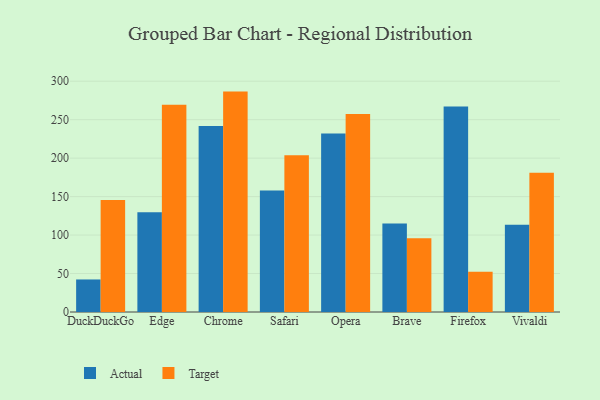
{"axis": {"x": "Browser", "y": "Latency (ms)"}, "legend": ["Actual", "Target"], "data": [{"x": "DuckDuckGo", "y": 42.3, "type": "Actual"}, {"x": "DuckDuckGo", "y": 145.7, "type": "Target"}, {"x": "Edge", "y": 129.6, "type": "Actual"}, {"x": "Edge", "y": 269.3, "type": "Target"}, {"x": "Chrome", "y": 241.9, "type": "Actual"}, {"x": "Chrome", "y": 286.5, "type": "Target"}, {"x": "Safari", "y": 157.9, "type": "Actual"}, {"x": "Safari", "y": 203.8, "type": "Target"}, {"x": "Opera", "y": 232.0, "type": "Actual"}, {"x": "Opera", "y": 257.3, "type": "Target"}, {"x": "Brave", "y": 115.2, "type": "Actual"}, {"x": "Brave", "y": 95.9, "type": "Target"}, {"x": "Firefox", "y": 267.0, "type": "Actual"}, {"x": "Firefox", "y": 52.2, "type": "Target"}, {"x": "Vivaldi", "y": 113.4, "type": "Actual"}, {"x": "Vivaldi", "y": 181.0, "type": "Target"}]}